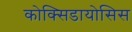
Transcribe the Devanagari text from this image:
कोक्सिडायोसिस